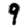
Digit: 9